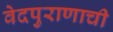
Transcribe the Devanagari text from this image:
वेदपुराणाची